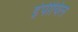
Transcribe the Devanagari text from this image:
इंपीयिल